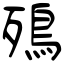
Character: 殦